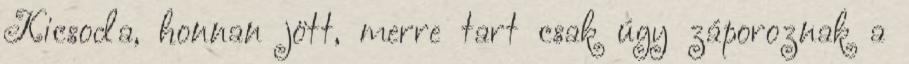
Kicsoda, honnan jött, merre tart csak úgy záporoznak a